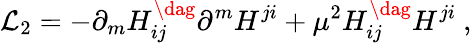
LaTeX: {\cal L}_{2}=-\partial_{m}H_{ij}^{\dag}\partial^{m}H^{ji}+\mu^{2}H_{ij}^{\dag}H^{ji}\ ,